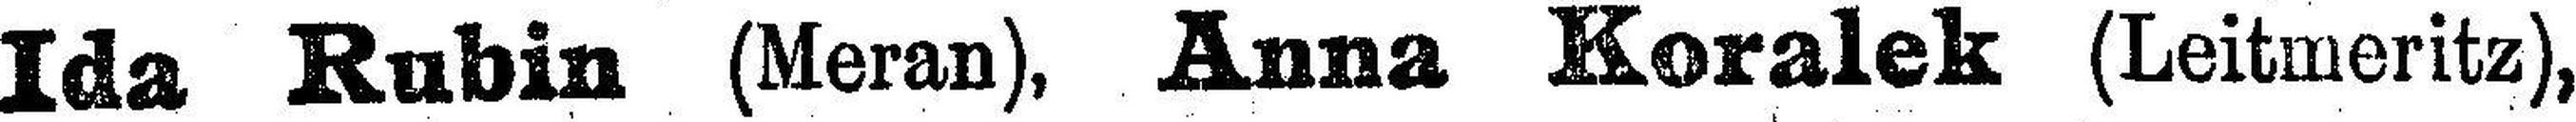
Ida Rubin (Meran), Anna Koralek (Leitmeritz),